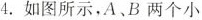
4. 如图所示，A、B两个小